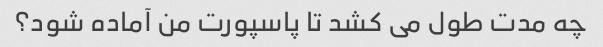
چه مدت طول می کشد تا پاسپورت من آماده شود؟